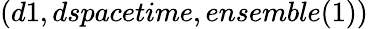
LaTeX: (d1,dspacetime,ensemble(1))